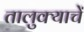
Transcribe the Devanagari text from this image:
तालुक्याचें